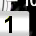
Digit: 1